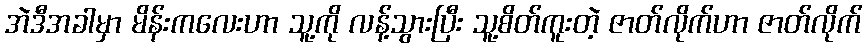
အဲဒီအခါမှာ မိန်းကလေးဟာ သူ့ကို လန့်သွားပြီး သူ့စိတ်ကူးတဲ့ ဇာတ်လိုက်ဟာ ဇာတ်လိုက်